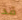
قد